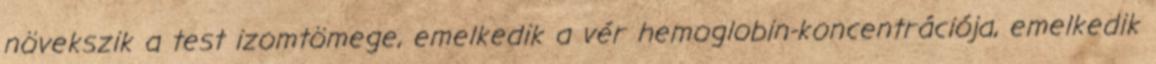
növekszik a test izomtömege, emelkedik a vér hemoglobin-koncentrációja, emelkedik